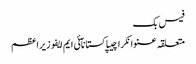
فیس بک
متعلقہ عنوانکراچیپاکستانآئی ایم ایفوزیراعظم